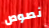
نصوص